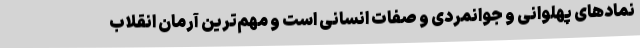
نمادهای پهلوانی و جوانمردی و صفات انسانی است و مهم‌ترین آرمان انقلاب